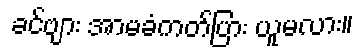
ခင်ဗျား အာမခံကတ်ပြား ယူမလား။